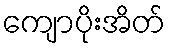
ကျောပိုးအိတ်